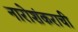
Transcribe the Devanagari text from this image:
नारोशंकराची